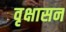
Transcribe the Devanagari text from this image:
वृक्षासन